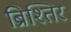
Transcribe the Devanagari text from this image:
ब्रिश्तिर